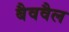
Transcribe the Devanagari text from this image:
बैववैल